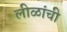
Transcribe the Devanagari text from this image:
लीळांची